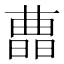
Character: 𣊛